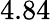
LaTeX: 4.84